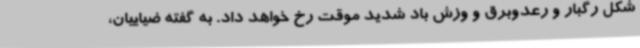
شکل رگبار و رعدوبرق و وزش باد شدید موقت رخ خواهد داد. به گفته ضیاییان،